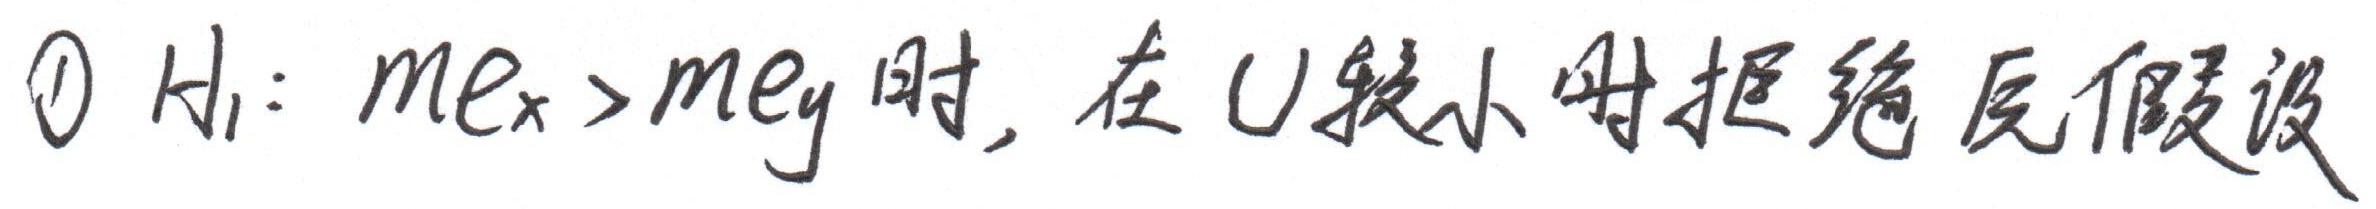
$\textcircled{1}$ $H_1: me_x>me_y$时, 在$U$较小时拒绝原假设